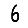
Digit: 6